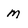
Character: m